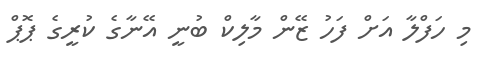
މި ހަފްލާ އަށް ފަހު ޒޭން މާލިކް ބުނީ އޭނާގެ ކުރީގެ ޕޮޕް